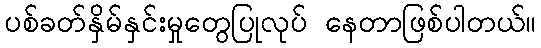
ပစ်ခတ်နှိမ်နှင်းမှုတွေပြုလုပ် နေတာဖြစ်ပါတယ်။